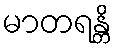
မာတရန္တိ